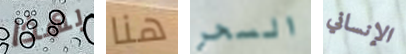
بهذا هنا السحر الإنساني